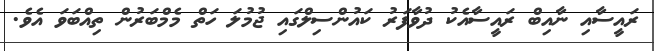
ރައީސާއި ނާއިބް ރައީސާއެކު ދުވާފަރު ކައުންސިލްގައި ޖުމުލަ ހަތް މެމްބަރުން ތިއްބަވަ އެވެ.